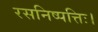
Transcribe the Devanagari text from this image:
रसनिष्पत्तिः।